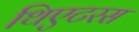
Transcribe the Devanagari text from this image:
थिएटरस